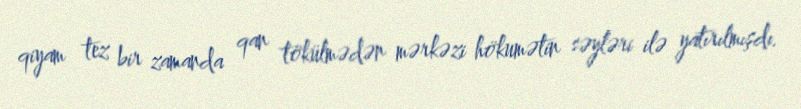
qiyam tez bir zamanda qan tökülmədən mərkəzi hökumətin səyləri ilə yatırılmışdı.